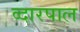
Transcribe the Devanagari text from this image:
व्दारपाल